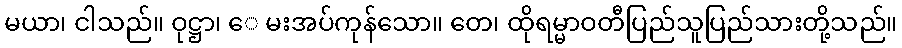
မယာ၊ ငါသည်။ ဝုဋ္ဌာ၊ ေ မးအပ်ကုန်သော။ တေ၊ ထိုရမ္မာဝတီပြည်သူပြည်သားတို့သည်။